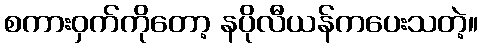
စကားဝှက်ကိုတော့ နပိုလီယန်ကပေးသတဲ့။